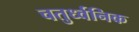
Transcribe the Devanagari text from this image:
चतुर्ध्वनिक